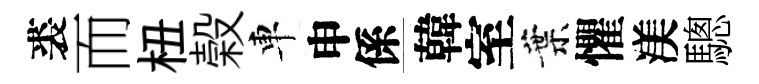
裘而杻榖車申係韓室葉懼渼驄